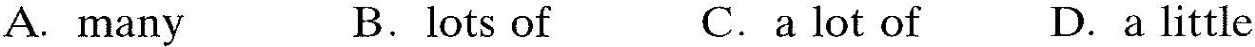
A. many B.lots of C.a lot of D.a little